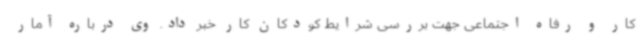
کار و رفاه اجتماعی جهت بررسی شرایط کودکان کار خبر داد. وی درباره آمار